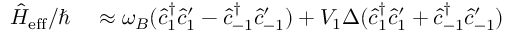
\begin{array} { r l } { \hat { H } _ { \mathrm { e f f } } / \hbar } & { { } \approx \omega _ { B } ( \hat { c } _ { 1 } ^ { \dagger } \hat { c } _ { 1 } ^ { \prime } - \hat { c } _ { - 1 } ^ { \dagger } \hat { c } _ { - 1 } ^ { \prime } ) + V _ { 1 } \Delta ( \hat { c } _ { 1 } ^ { \dagger } \hat { c } _ { 1 } ^ { \prime } + \hat { c } _ { - 1 } ^ { \dagger } \hat { c } _ { - 1 } ^ { \prime } ) } \end{array}